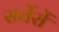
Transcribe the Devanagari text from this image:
सर्वेरों